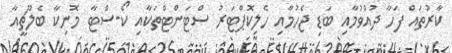
ކާރުތައް ފަހާ ދުއްވުމާއި ބަޑި ޖެހުމާއި ހެލިކޮޕްޓަރު ސްޓަންޓްތަކާއި ކޯ-ސްޓާ މޮނިކާ ބެލޫޗީއާ